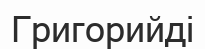
Григорийді